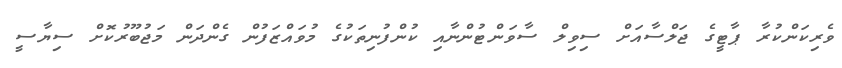
ވެރިކަންކުރާ ޕާޓީގެ ޖަލްސާއަށް ސިވިލް ސާވަންޓުންނާއި ކުންފުނިތަކުގެ މުވައްޒަފުން ގެންދަން މަޖުބޫރުކޮށް ސިޔާސީ